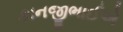
કાનજીભાઈએ